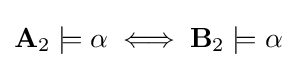
\mathbf {A} _{2}\models \alpha \iff \mathbf {B} _{2}\models \alpha